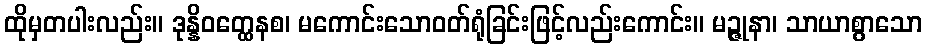
ထိုမှတပါးလည်း။ ဒုန္နိဝတ္ထေနစ၊ မကောင်းသောဝတ်ရုံခြင်းဖြင့်လည်းကောင်း။ မဉ္ဇုနာ၊ သာယာစွာသော